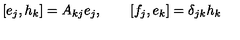
\left[ e _ { j } , h _ { k } \right] = A _ { k j } e _ { j } , \qquad \left[ f _ { j } , e _ { k } \right] = \delta _ { j k } h _ { k }